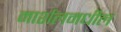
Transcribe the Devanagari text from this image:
मार्शलमधील